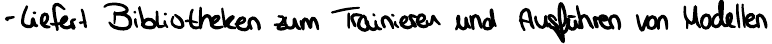
- liefert Bibliotheken zum Trainieren und Ausführen von Modellen